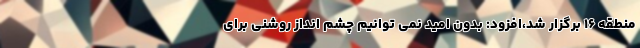
منطقه ۱۶ برگزار شد،افزود: بدون امید نمی توانیم چشم انداز روشنی برای